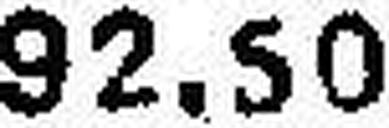
92.50